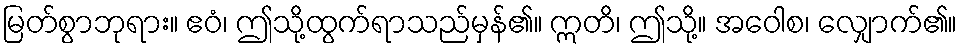
မြတ်စွာဘုရား။ ဧဝံ၊ ဤသို့ထွက်ရာသည်မှန်၏။ ဣတိ၊ ဤသို့။ အဝေါစ၊ လျှောက်၏။